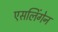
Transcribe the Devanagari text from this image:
एसलिंगेन